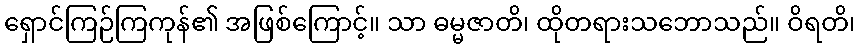
ရှောင်ကြဉ်ကြကုန်၏ အဖြစ်ကြောင့်။ သာ ဓမ္မဇာတိ၊ ထိုတရားသဘောသည်။ ဝိရတိ၊